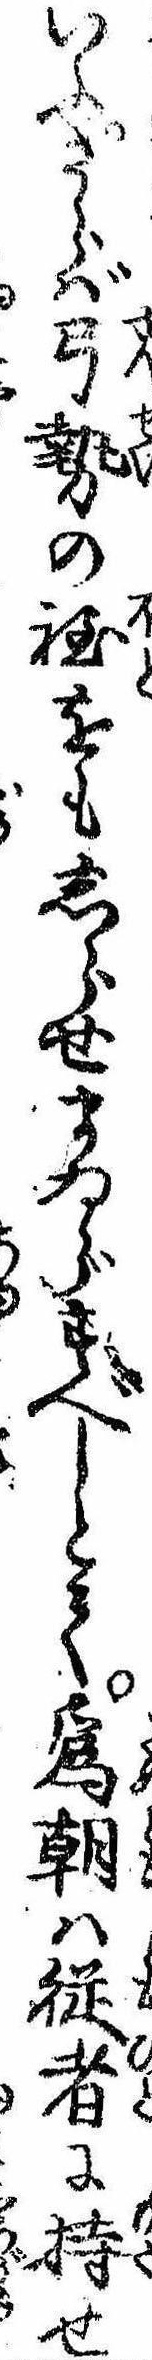
いふさらば弓勢の程をもしらせまゐらすべしとて為朝は従者に持せ